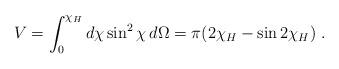
\begin{align*} V = \int^{\chi_H}_0 d\chi \sin^2 \chi \, d\Omega = \pi(2\chi_H - \sin 2\chi_H ) \ .\end{align*}